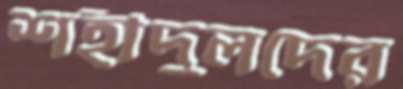
শহীদুলদের